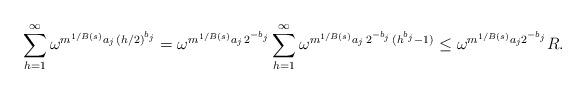
LaTeX: \begin{align*}\sum_{h=1}^{\infty} \omega^{m^{1/B(s)} a_j\,(h/2)^{b_j}}&=\omega^{m^{1/B(s)} a_j\,2^{-b_j}}\sum_{h=1}^{\infty} \omega^{m^{1/B(s)} a_j\,2^{-b_j}\,(h^{b_j}-1)}\le \omega^{m^{1/B(s)} a_j 2^{-b_j}}R.\end{align*}